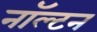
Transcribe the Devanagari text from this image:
नॉल्टन